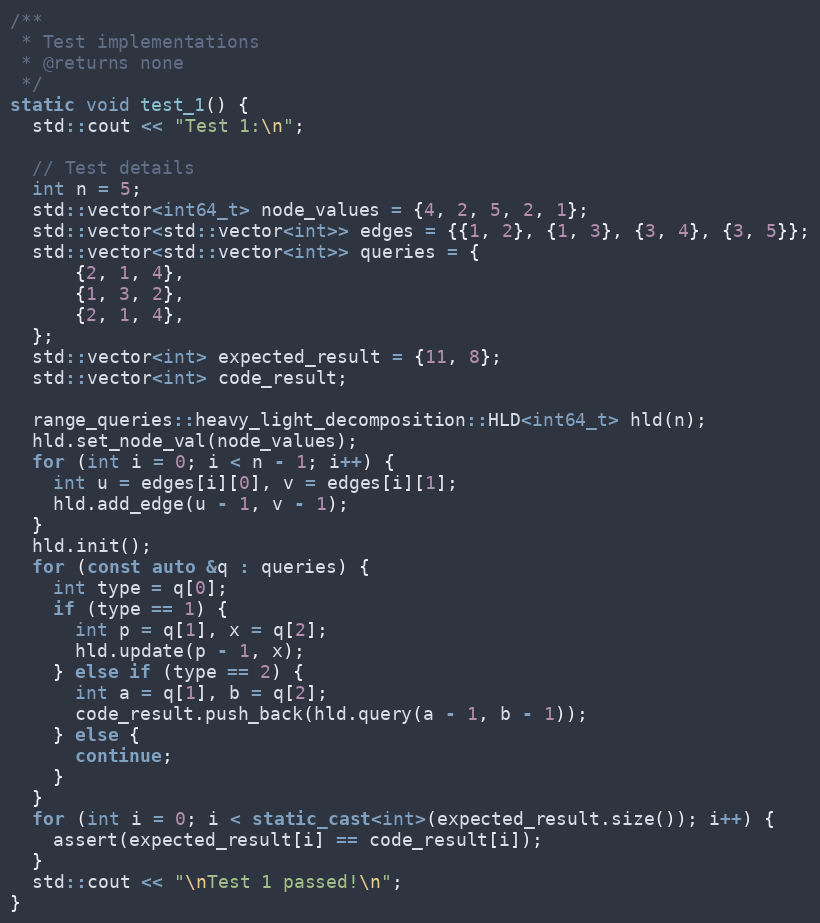
Language: C++
/**
 * Test implementations
 * @returns none
 */
static void test_1() {
  std::cout << "Test 1:\n";

  // Test details
  int n = 5;
  std::vector<int64_t> node_values = {4, 2, 5, 2, 1};
  std::vector<std::vector<int>> edges = {{1, 2}, {1, 3}, {3, 4}, {3, 5}};
  std::vector<std::vector<int>> queries = {
      {2, 1, 4},
      {1, 3, 2},
      {2, 1, 4},
  };
  std::vector<int> expected_result = {11, 8};
  std::vector<int> code_result;

  range_queries::heavy_light_decomposition::HLD<int64_t> hld(n);
  hld.set_node_val(node_values);
  for (int i = 0; i < n - 1; i++) {
    int u = edges[i][0], v = edges[i][1];
    hld.add_edge(u - 1, v - 1);
  }
  hld.init();
  for (const auto &q : queries) {
    int type = q[0];
    if (type == 1) {
      int p = q[1], x = q[2];
      hld.update(p - 1, x);
    } else if (type == 2) {
      int a = q[1], b = q[2];
      code_result.push_back(hld.query(a - 1, b - 1));
    } else {
      continue;
    }
  }
  for (int i = 0; i < static_cast<int>(expected_result.size()); i++) {
    assert(expected_result[i] == code_result[i]);
  }
  std::cout << "\nTest 1 passed!\n";
}